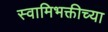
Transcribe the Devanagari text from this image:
स्वामिभक्तीच्या